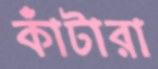
কাঁটারা